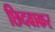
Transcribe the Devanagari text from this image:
छिदवाकर